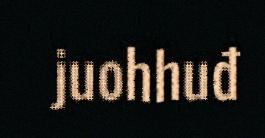
juohhuđ